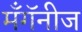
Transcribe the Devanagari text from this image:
मँगॅनीज